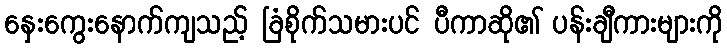
နှေးကွေးနောက်ကျသည့် ခြံစိုက်သမားပင် ပီကာဆို၏ ပန်းချီကားများကို